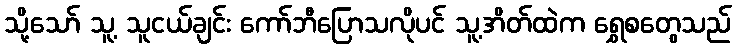
သို့သော် သူ့ သူငယ်ချင်း ကော်ဘီပြောသလိုပင် သူ့အိတ်ထဲက ရွှေစတွေသည်